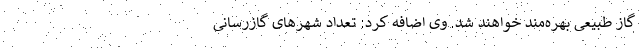
گاز طبیعی بهره‌مند خواهند شد. وی اضافه کرد: تعداد شهرهای گازرسانی